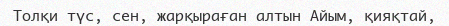
Толқи түс, сен, жарқыраған алтын Айым, қияқтай,